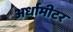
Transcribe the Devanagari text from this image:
अर्धामीटर